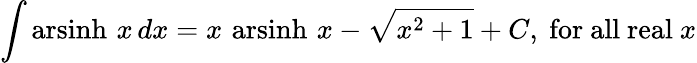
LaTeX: \int\operatorname{arsinh}\, x\, dx=x\, \operatorname{arsinh}\, x-{\sqrt{x^{2}+1}}+C,{\mathrm{~for~all~real~}}x